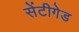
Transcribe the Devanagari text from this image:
सेंटीगेड